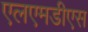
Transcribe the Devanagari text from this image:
एलएमडीएस